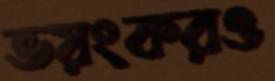
ভয়ংকরও